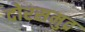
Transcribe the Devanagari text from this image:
दोरसमुद्र